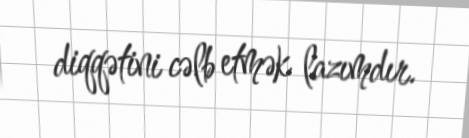
diqqətini cəlb etmək lazımdır.